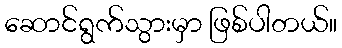
ဆောင်ရွက်သွားမှာ ဖြစ်ပါတယ်။